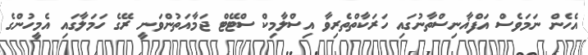
އެހެން ނަމަވެސް އަފްޣާނިސްތާނުގައި ހަރަކާތްތެރިވާ އިސްލާމިކް ސްޓޭޓް ޖަމާއަތުންވަނީ ރޭގެ ހަމަލާގައި އެމީހުންގެ